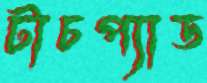
টাচপ্যাড